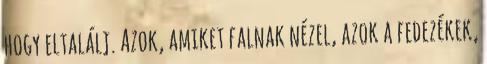
hogy eltalálj. Azok, amiket falnak nézel, azok a fedezékek,